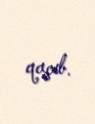
qaçıb.